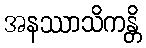
အနဿာသိကန္တိ